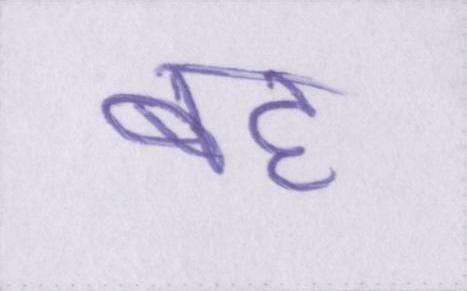
बह